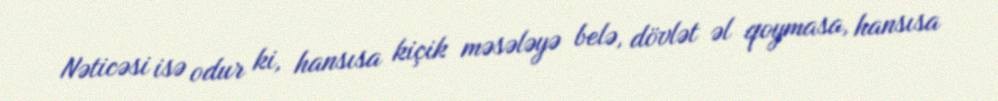
Nəticəsi isə odur ki, hansısa kiçik məsələyə belə, dövlət əl qoymasa, hansısa